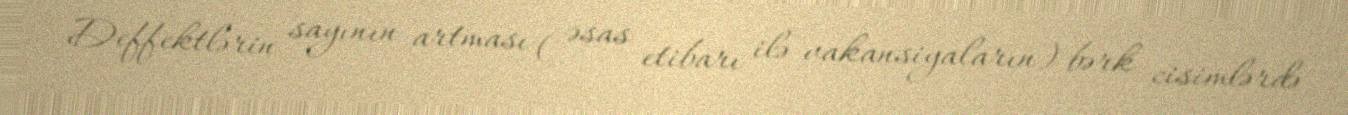
Deffektlərin sayının artması ( əsas etibarı ilə vakansiyaların) bərk cisimlərdə